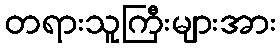
တရားသူကြီးများအား